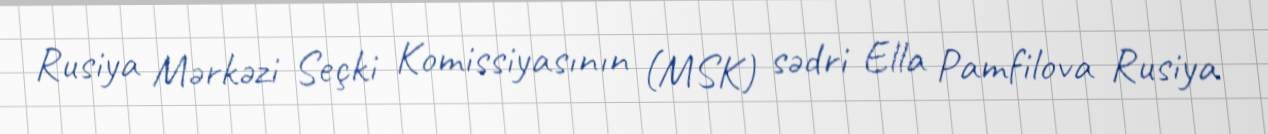
Rusiya Mərkəzi Seçki Komissiyasının (MSK) sədri Ella Pamfilova Rusiya